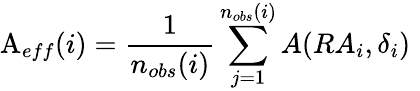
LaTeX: \mathop{\mathrm A_{eff}}(i)=\frac{\displaystyle 1}{n_{obs}(i)}\sum_{j=1}^{n_{obs}(i)}A({RA}_{i},{\delta}_{i})\, \,